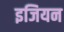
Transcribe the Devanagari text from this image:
इजियन